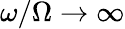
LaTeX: \omega/\Omega\rightarrow\infty